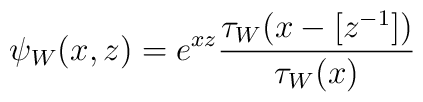
\psi_{W}(x,z) = e^{xz} \frac{\tau_{W}(x-[z^{-1}])} {\tau_{W}(x)}